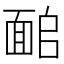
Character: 𩈜